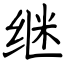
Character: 继